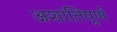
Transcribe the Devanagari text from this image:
अशांतिपूर्ण